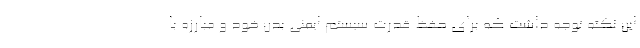
این نکته توجه داشت که برای حفظ قدرت سیستم ایمنی بدن خود و مبارزه با